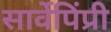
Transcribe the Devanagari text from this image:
सार्वेपिंप्री